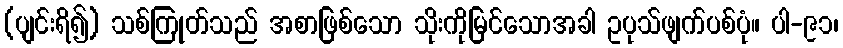
(ပျင်းရိ၍) သစ်ကြုတ်သည် အစာဖြစ်သော သိုးကိုမြင်သောအခါ ဥပုသ်ဖျက်ပစ်ပုံ။ ပါ-၉၁၊